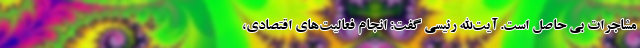
مشاجرات بی حاصل است. آیت‌الله رئیسی گفت: انجام فعالیت‌های اقتصادی،